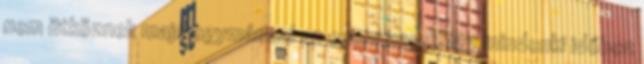
nem ütköznek majd egymással az események, így mindenki időben